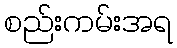
စည်းကမ်းအရ